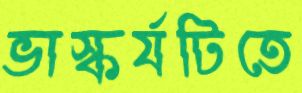
ভাস্কর্যটিতে